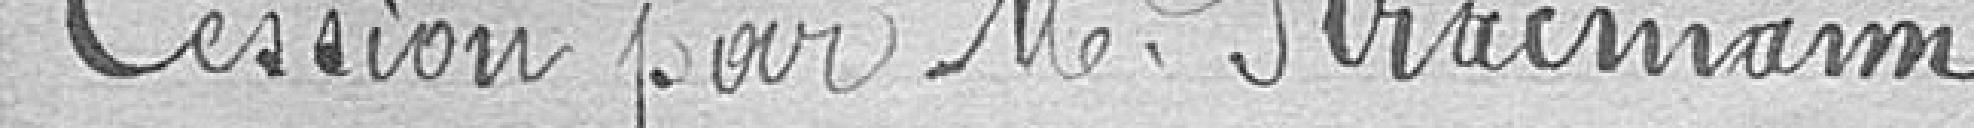
Cession par Monsieur Stracmann